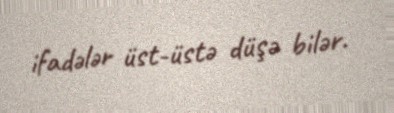
ifadələr üst-üstə düşə bilər.